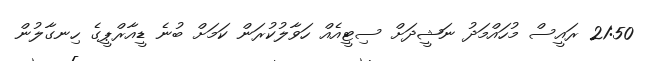
21:50 ރައީސް މުހައްމަދު ނަޝީދަށް ސިޓީއެއް ހަވާލުކުރަން ކަމަށް ބުނެ ޑީއާރްޕީގެ ހިނގާލުން